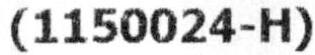
(1150024-H)